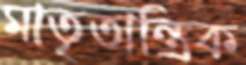
মাতৃতান্ত্রিক